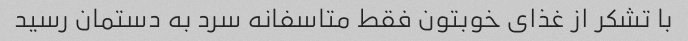
با تشکر از غذای خوبتون فقط متاسفانه سرد به دستمان رسید